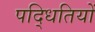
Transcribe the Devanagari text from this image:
पद्धितियों